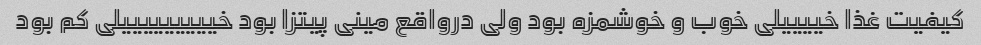
کیفیت غذا خییییلی خوب و خوشمزه بود ولی درواقع مینی پیتزا بود خیییییییییلی کم بود